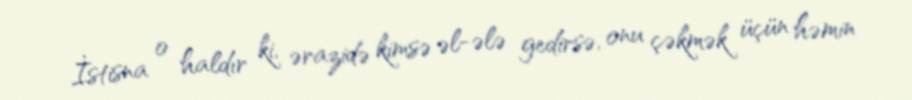
İstisna o haldır ki, ərazidə kimsə əl-ələ gedirsə, onu çəkmək üçün həmin